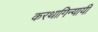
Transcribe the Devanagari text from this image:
करथागिन्यायी